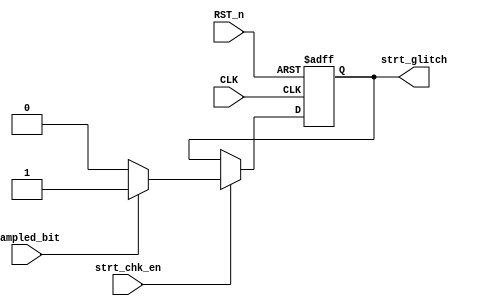
module Start_Check(
input CLK              ,
input RST_n            ,
input strt_chk_en      ,
input sampled_bit      ,

output reg strt_glitch 

);

//assign strt_glitch = (strt_chk_en && !sampled_bit) ? 1'b0 : 1'b1 ;





always @(posedge CLK or negedge RST_n) begin
	if (!RST_n) begin
		strt_glitch <= 0 ;
	end

	else if (strt_chk_en) begin
	     if(!sampled_bit) strt_glitch <= 1'b0;
	     else             strt_glitch <= 1'b1;	
	end

end



endmodule



///////////////////////////////////////////////////////////////////////////
///////////////////////////// TESTBENCH ///////////////////////////////////
///////////////////////////////////////////////////////////////////////////


// module Start_Check_tb();


// parameter PRESCALE = 'd16;
// parameter PERIOD_CLK = 5;

// reg CLK         ;        
// reg RST_n       ;
// reg strt_chk_en ;
// reg sampled_bit ;

// wire strt_glitch ;

// always #(PERIOD_CLK / 2) CLK = ~ CLK ;



// Start_Check dut (.CLK(CLK) , .RST_n(RST_n) ,.strt_chk_en(strt_chk_en) ,.sampled_bit(sampled_bit) ,.strt_glitch(strt_glitch));


// initial begin
// CLK  = 0;
// strt_chk_en = 0;
// sampled_bit= 0 ;

// RST_n = 0        ;
// #(2 * PERIOD_CLK);
// RST_n = 1        ;

// strt_chk_en = 1;
// sampled_bit = 0;


// #(200 * PERIOD_CLK);


// $stop;
// end


// endmodule